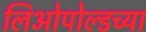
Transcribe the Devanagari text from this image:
लिओपोल्डच्या